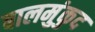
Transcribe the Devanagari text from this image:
बालमुंकुद